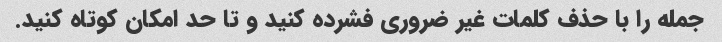
جمله را با حذف کلمات غیر ضروری فشرده کنید و تا حد امکان کوتاه کنید.